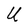
Character: U